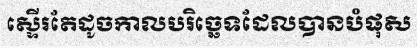
ស្ទើរតែដូចកាលបរិច្ឆេទដែលបានបំផុស